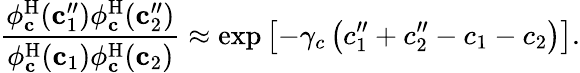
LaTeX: \frac{\phi_{\mathbf{c}}^{\mathrm{H}}(\mathbf{c}_{1}^{\prime\prime})\phi_{\mathbf{c}}^{\mathrm{H}}(\mathbf{c}_{2}^{\prime\prime})}{\phi_{\mathbf{c}}^{\mathrm{H}}(\mathbf{c}_{1})\phi_{\mathbf{c}}^{\mathrm{H}}(\mathbf{c}_{2})}\approx\exp\left[-\gamma_{c}\left(c_{1}^{\prime\prime}+c_{2}^{\prime\prime}-c_{1}-c_{2}\right)\right].